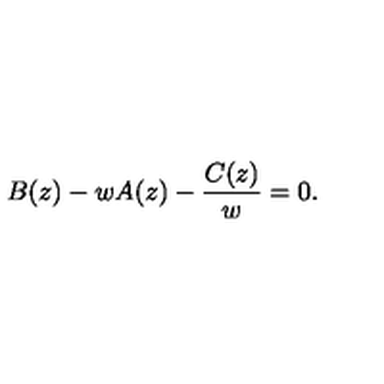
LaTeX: B ( z ) - w A ( z ) - \frac { C ( z ) } { w } = 0 .